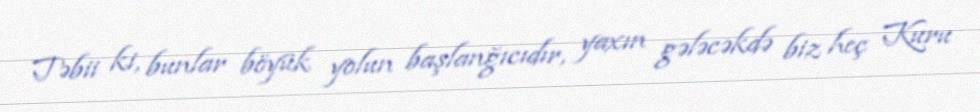
Təbii ki, bunlar böyük yolun başlanğıcıdır, yaxın gələcəkdə biz heç Kuru